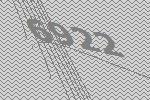
6922